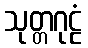
သုတ္တဂုဠံ